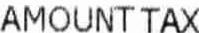
AMOUNT TAX